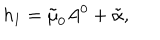
LaTeX: h _ { 1 } = \tilde { \mu } _ { 0 } A ^ { 0 } + \tilde { \alpha } ,